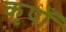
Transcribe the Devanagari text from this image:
कृपाँ